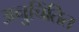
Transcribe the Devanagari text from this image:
अनुचिंतित